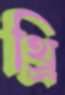
থ্র্রি